Scottish Leaving Certificate Examination, 1957
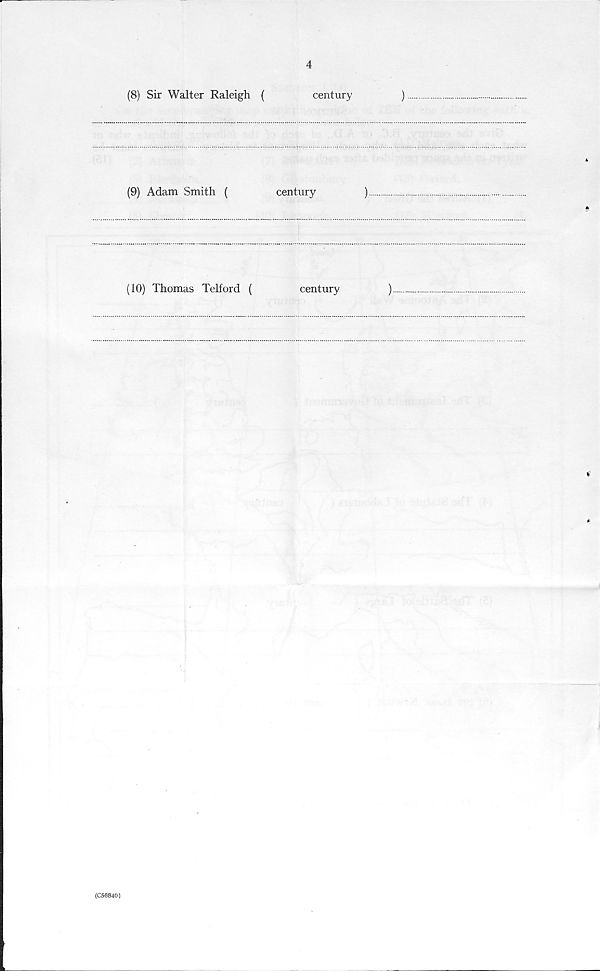
4
(8) Sir Walter Raleigh (
century
)
(9) Adam Smith (
century
)
(10) Thomas Telford (
century
)
(C56840)